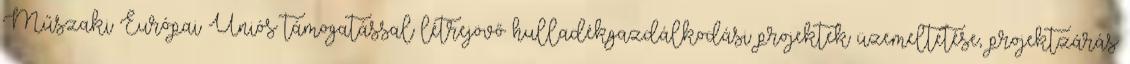
Műszaki Európai Uniós támogatással létrejövő hulladékgazdálkodási projektek üzemeltetése, projektzárás